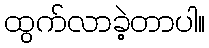
ထွက်လာခဲ့တာပါ။